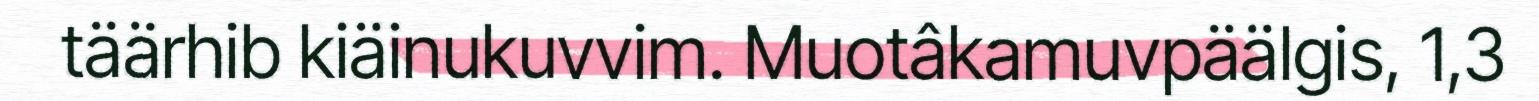
täärhib kiäinukuvvim. Muotâkamuvpäälgis, 1,3